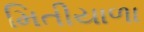
મિતીયાળા